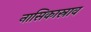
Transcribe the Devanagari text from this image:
नासिकास्राव